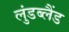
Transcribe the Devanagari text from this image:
लुंडब्लैंड